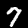
Digit: 7